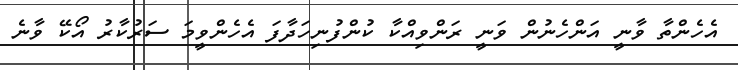
އެހެެންތާ ވާނީ އަންހެނުުން ވަނީ ރަންވިއްކާ ކުންފުނިހަދާފަ އެހެންވީމަ ސަރުކާރު އޯކޭ ވާނެ